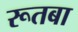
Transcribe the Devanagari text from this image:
रूतबा